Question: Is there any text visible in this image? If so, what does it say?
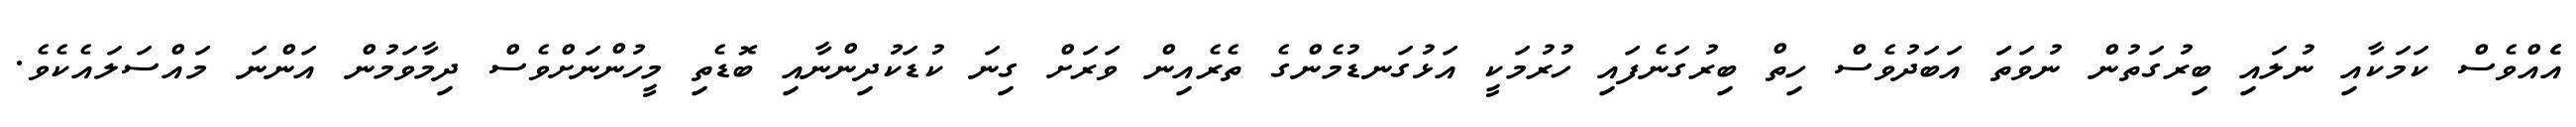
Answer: އެެއްވެސް ކަމަކާއި ނުލައި ބިރުގަތުން ނުވަތަަ އަބަދުވެސް ހިތް ބިރުގަނެފައި ހުރުމަކީ އަޅުގަނޑުމެންގެ ތެރެއިން ވަރަށް ގިނަ ކުޑަކުދިންނާއި ބޮޑެތި މީހުންނަށްވެސް ދިމާވަމުން އަންނަ މައްސަލައެކެވެ.